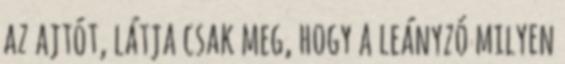
az ajtót, látja csak meg, hogy a leányzó milyen